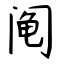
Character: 阄